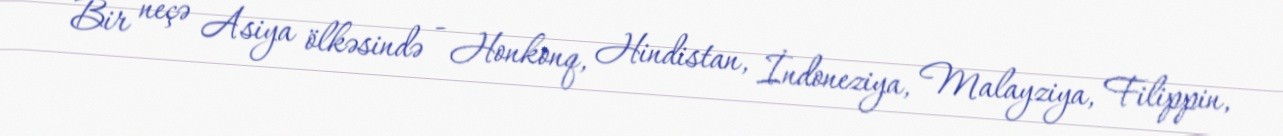
Bir neçə Asiya ölkəsində - Honkonq, Hindistan, İndoneziya, Malayziya, Filippin,